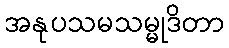
အနုပသမသမ္မုဒိတာ